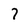
Character: 7